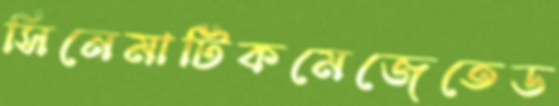
সিনেমাটিকমেজেতেড